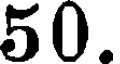
50.